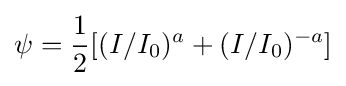
\psi ={\frac {1}{2}}[(I/I_{0})^{a}+(I/I_{0})^{-a}]